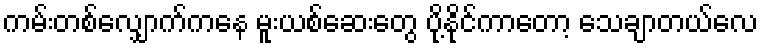
ကမ်းတစ်လျှောက်ကနေ မူးယစ်ဆေးတွေ ပို့နိုင်ကာတော့ သေချာတယ်လေ